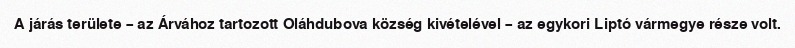
A járás területe – az Árvához tartozott Oláhdubova község kivételével – az egykori Liptó vármegye része volt.